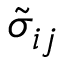
\tilde { \sigma } _ { i j }